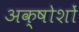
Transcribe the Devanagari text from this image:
अक्षोशों